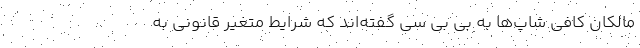
مالکان کافی شاپ‌ها به بی ‌بی سی گفته‌اند که شرایط متغیر قانونی به